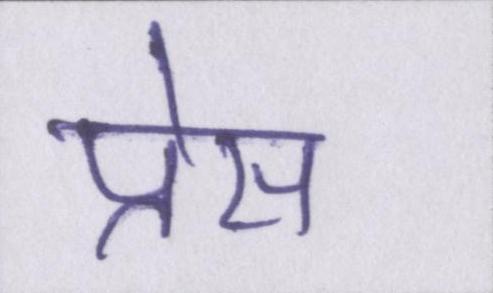
प्रेस